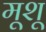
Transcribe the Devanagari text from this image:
मूशू